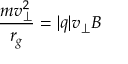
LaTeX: { \frac { m v _ { \perp } ^ { 2 } } { r _ { g } } } = | q | v _ { \perp } B